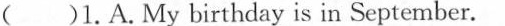
( )1.A.My birthday is in September.